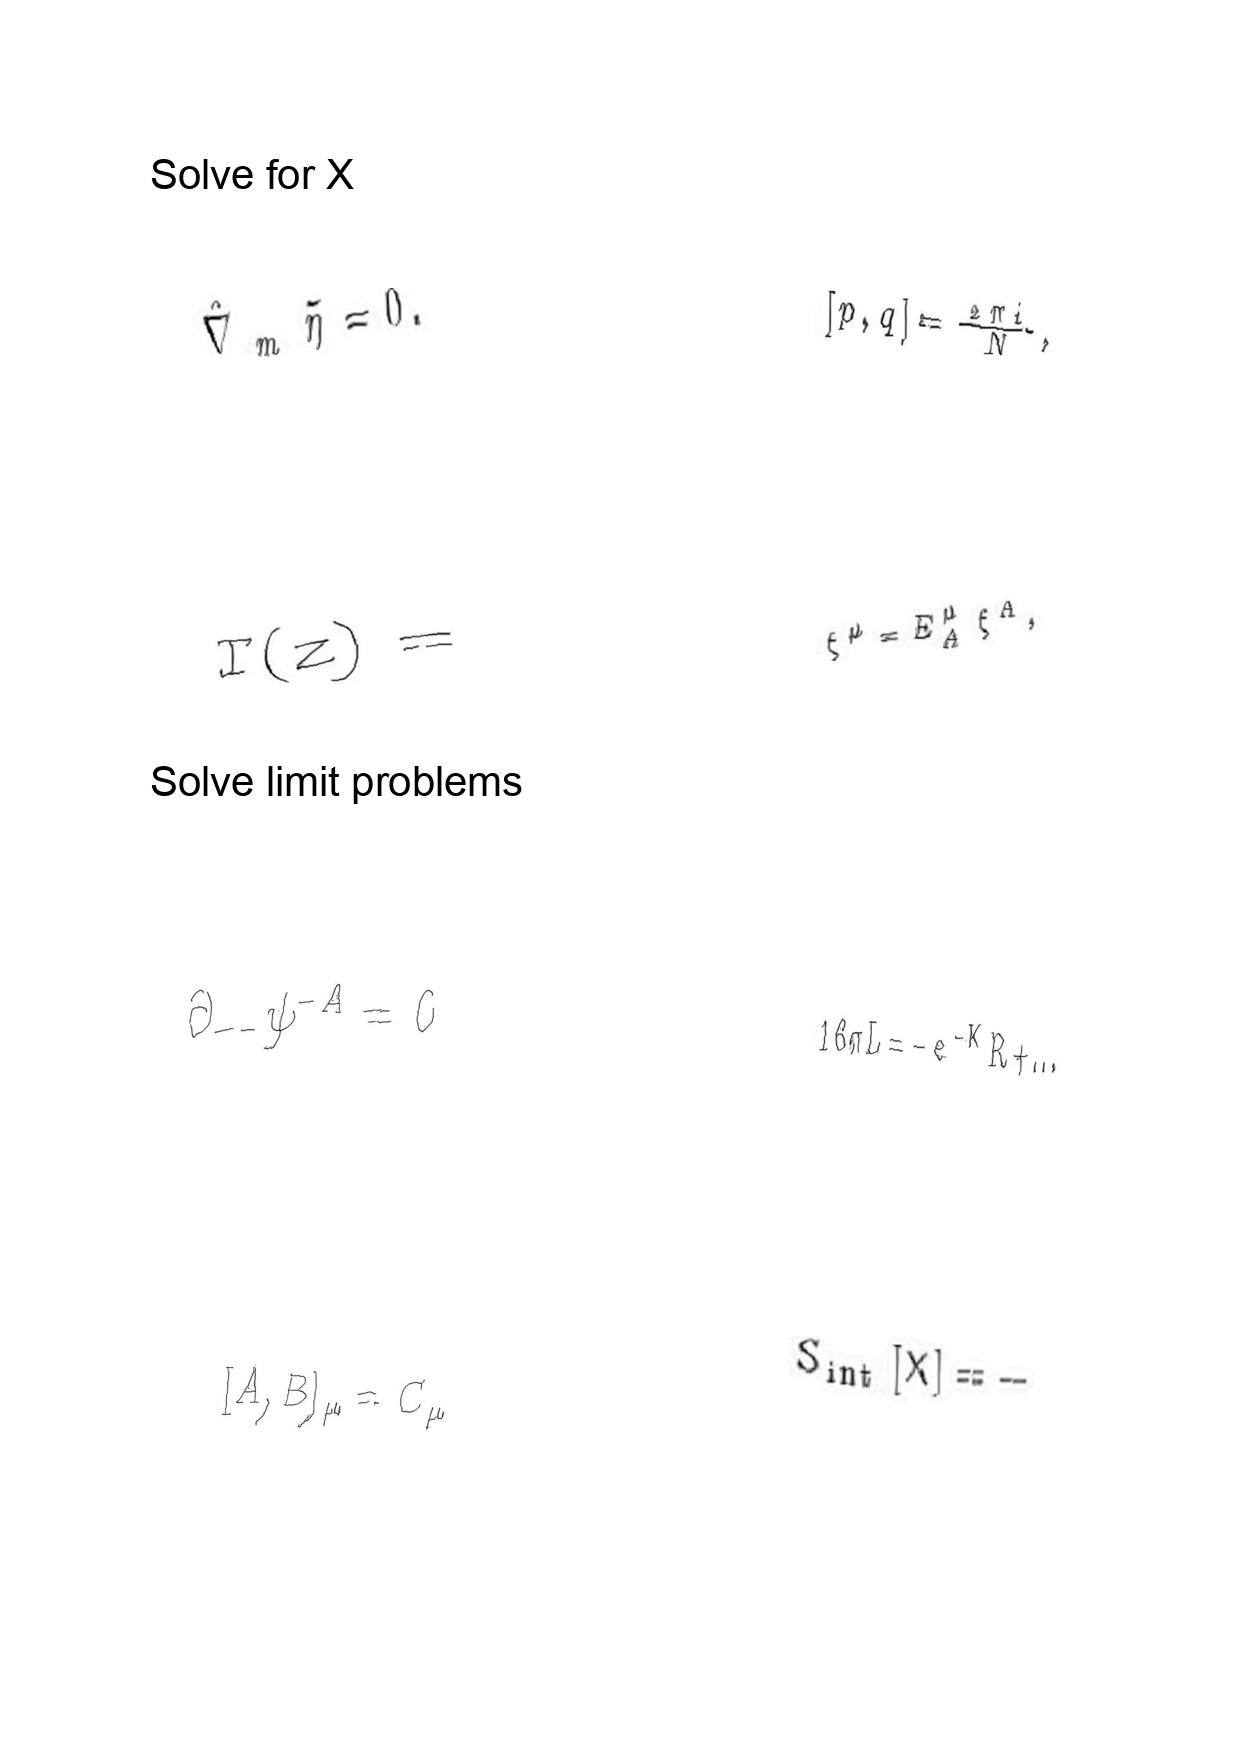
LaTeX transcription:
\hat { \nabla } _ { m } \tilde { \eta } = 0 .
T \lparen z \rparen =
\partial _ { - - } \psi ^ { - A } = 0
\lbrack A , B \rbrack _ { \mu } = C _ { \mu }
\lbrack p , q \rbrack = \frac { 2 \pi i } { N } ,
\xi ^ { \mu } = E _ { A } ^ { \mu } \xi ^ { A } ,
1 6 \pi L = - e ^ { - K } R + \ldots
S _ { \mathrm { i n t } } \lbrack X \rbrack = -